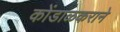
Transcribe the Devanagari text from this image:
कोंडाळकराने